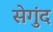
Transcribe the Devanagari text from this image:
सेगुंद